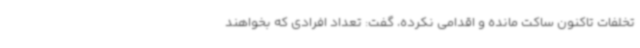
تخلفات تاکنون ساکت مانده و اقدامی نکرده، گفت: تعداد افرادی که بخواهند